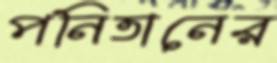
পনিতানের